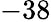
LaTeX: -38